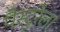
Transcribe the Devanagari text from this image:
पैस्टुरेला